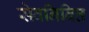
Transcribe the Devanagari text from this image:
सेवनिवित्त